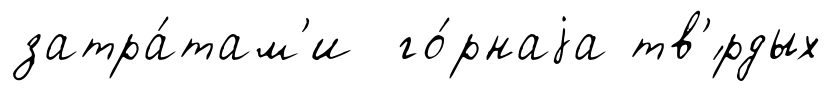
затра́там'и го́рнаjа тв'́рдых